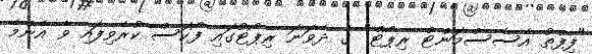
"ފިފްތު އެސެސްމަންޓް ރިޕޯޓް" ގެ ދެވަނަ ރިޕޯޓުގައި ފޯކަސް ކުރެވިފައި ވާ އެންމެ